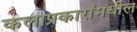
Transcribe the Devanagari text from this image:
कलाप्रकारांमधील